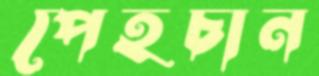
পেহচান